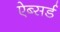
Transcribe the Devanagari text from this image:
ऐब्सर्ड